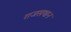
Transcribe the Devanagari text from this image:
राजसथान